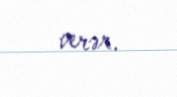
verər.